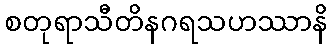
စတုရာသီတိနဂရသဟဿာနိ